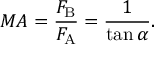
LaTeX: M A = { \frac { F _ { \mathrm { B } } } { F _ { \mathrm { A } } } } = { \frac { 1 } { \tan \alpha } } .